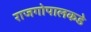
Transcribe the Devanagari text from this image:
राजगोपालकडे